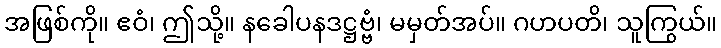
အဖြစ်ကို။ ဧဝံ၊ ဤသို့။ နခေါပနဒဋ္ဌဗ္ဗံ၊ မမှတ်အပ်။ ဂဟပတိ၊ သူကြွယ်။